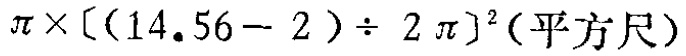
$\pi\times[(14.56 - 2)\div 2\pi]^2(平方尺)$